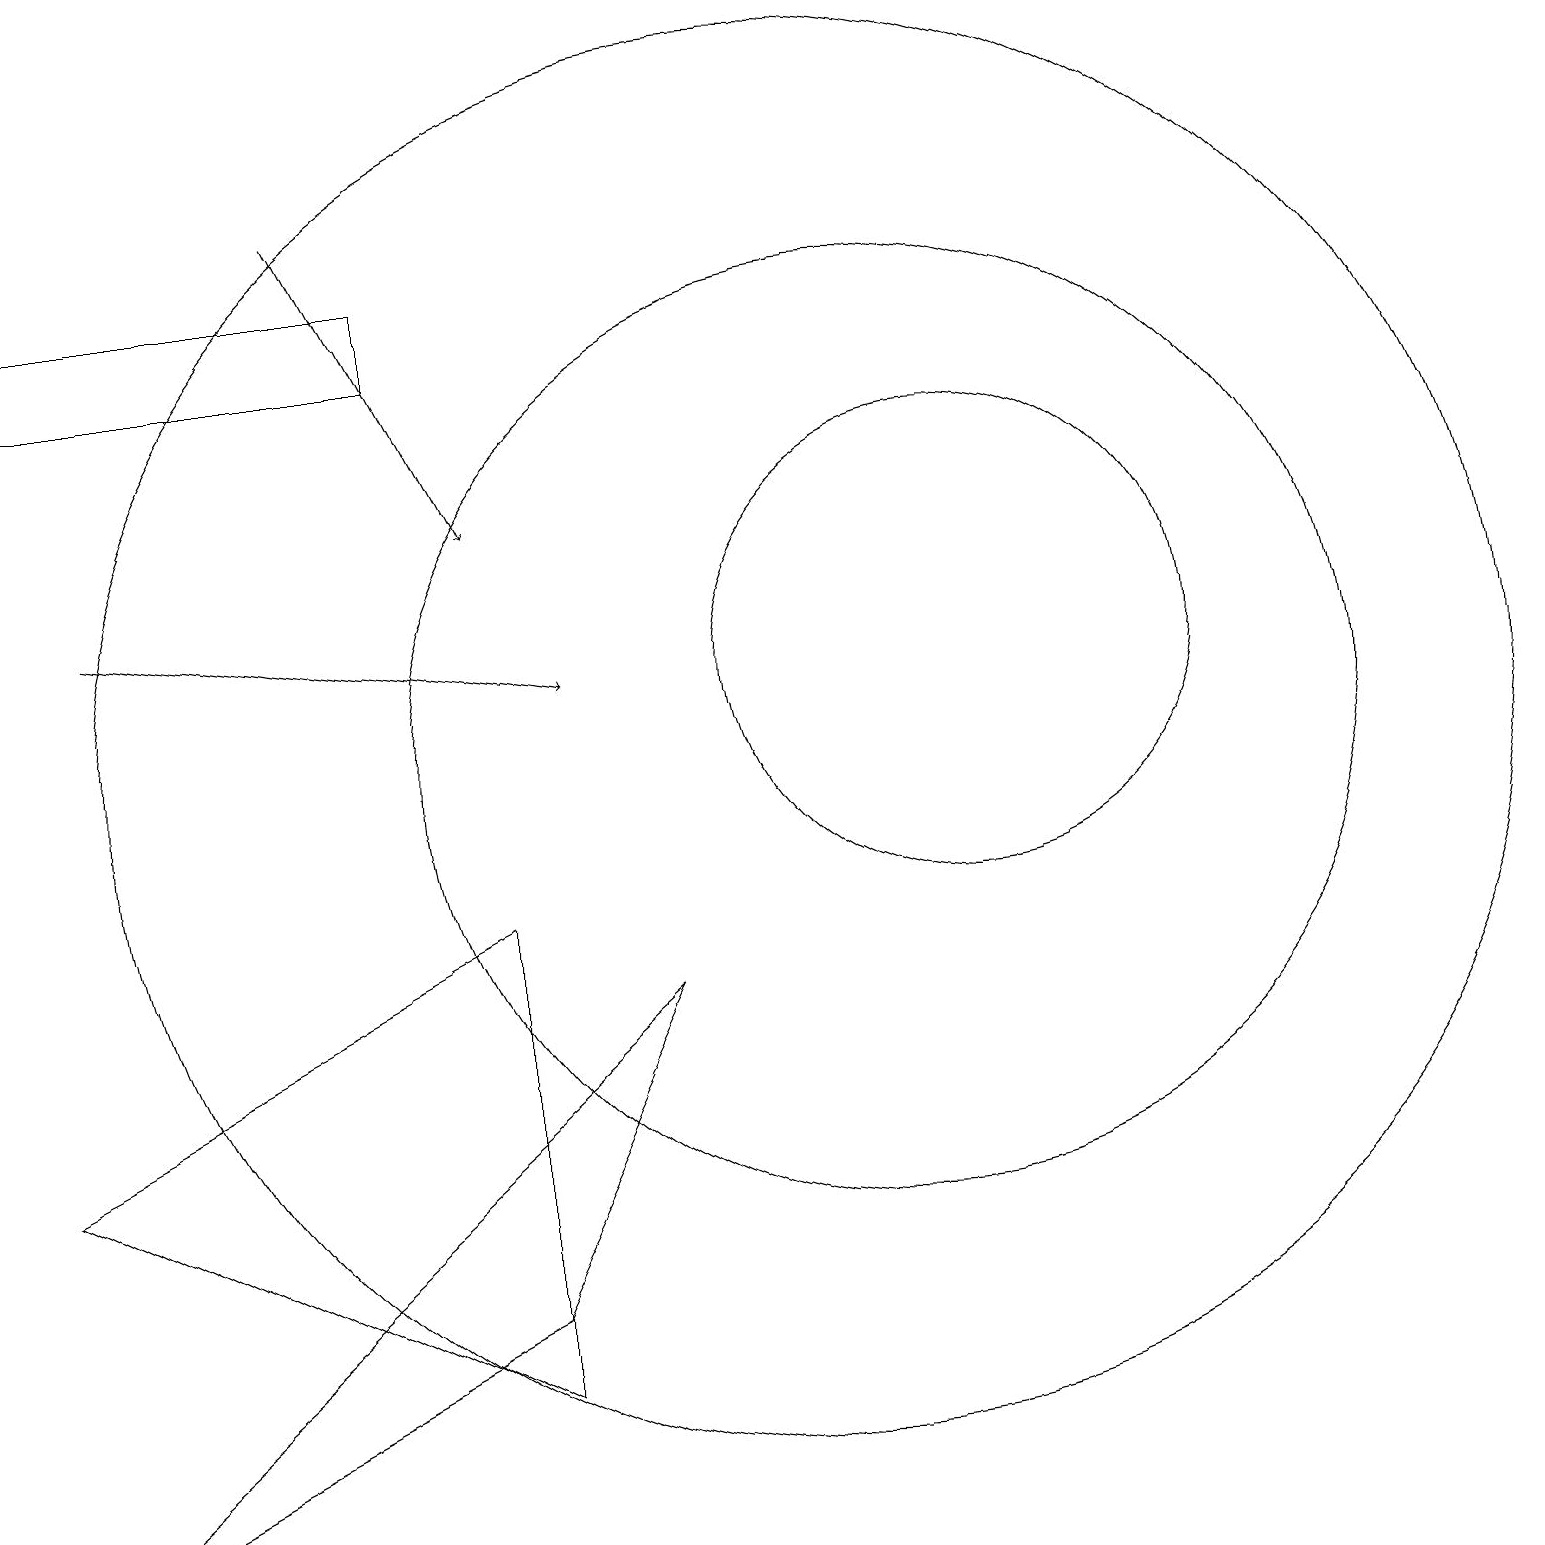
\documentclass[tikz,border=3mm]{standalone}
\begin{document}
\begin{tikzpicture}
\draw (11,10) circle (6);
\draw (12,11) circle (3);
\draw[->] (1,12) -- (7,11);
\draw (6,3) -- (8,7) -- (0,0) -- cycle;
\draw (10,10) circle (9);
\draw (6,8) -- (0,5) -- (6,2) -- cycle;
\draw[->] (4,17) -- (6,13);
\draw (0,15) rectangle (5,16);
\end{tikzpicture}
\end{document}